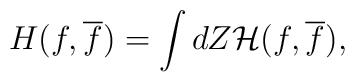
H(f,\overline f)=\int dZ {\cal H}(f,\overline f),